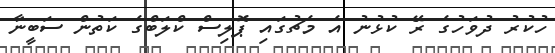
ހުކުރު ދުވަހުގެ ރޭ ކުޅުނު އެ މެޗުގައި ޕޮލިސް ކްލަބްގެ ކަތުން ސަބީނާ